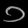
Digit: ၁